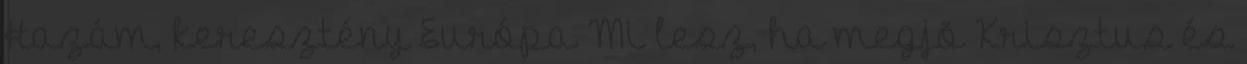
Hazám, keresztény Európa Mi lesz, ha megjõ Krisztus és